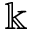
\Bbbk